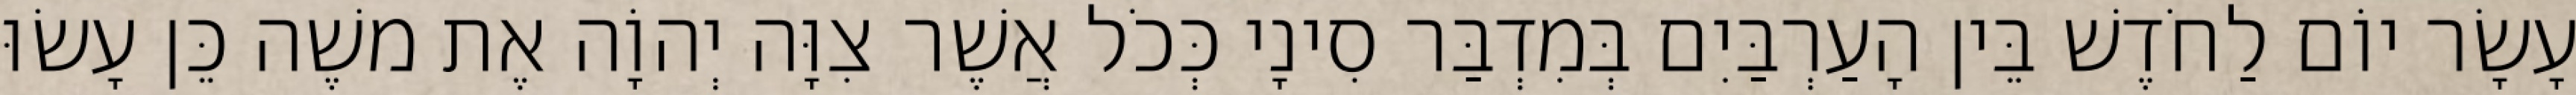
עָשָׂר יוֹם לַחֹדֶשׁ בֵּין הָעַרְבַּיִם בְּמִדְבַּר סִינָי כְּכֹל אֲשֶׁר צִוָּה יְהוָֹה אֶת משֶׁה כֵּן עָשׂוּ